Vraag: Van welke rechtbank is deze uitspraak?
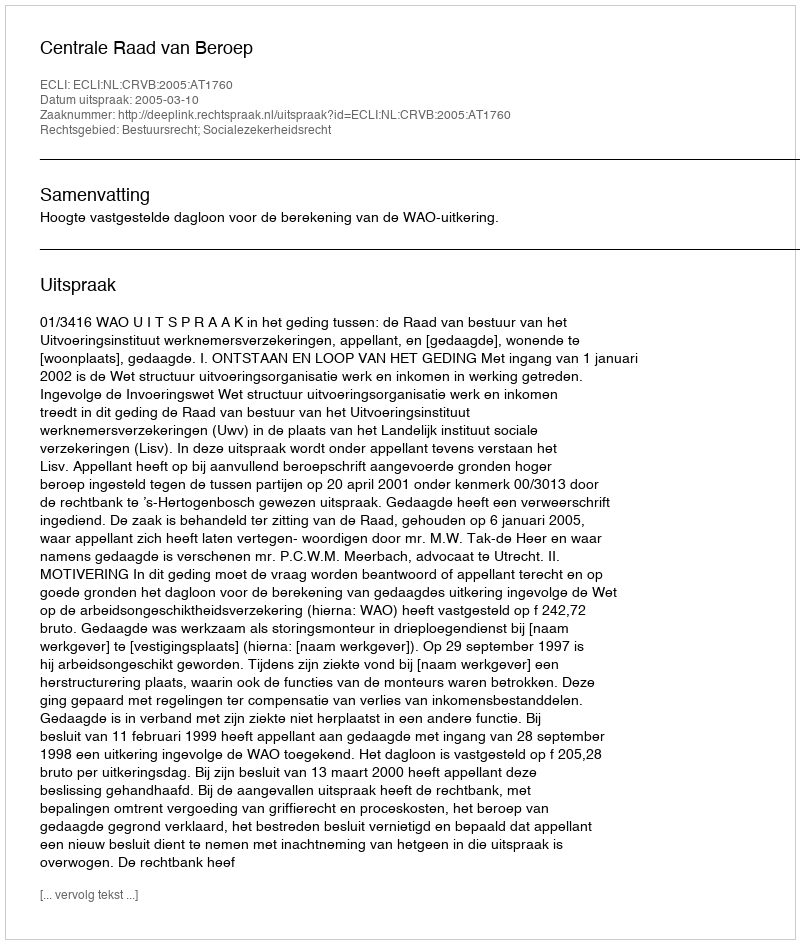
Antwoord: Centrale Raad van Beroep